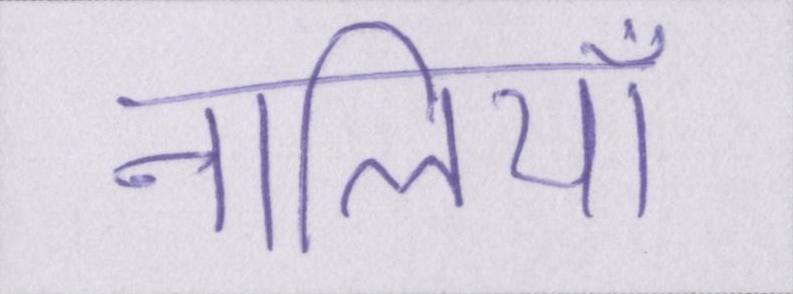
नालियाँ